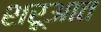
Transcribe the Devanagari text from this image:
शरूआत